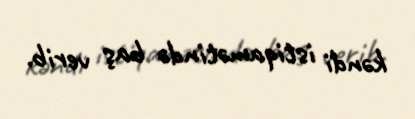
kəndi istiqamətində baş verib.